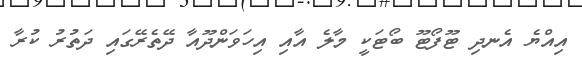
އިއްޔެ އެނދި ޓޫފޯޓޫ ބޯޓަކީ މާލެ އާއި އިހަވަންދޫއާ ދޭތެރޭގައި ދަތުރު ކުރާ